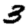
Digit: 3